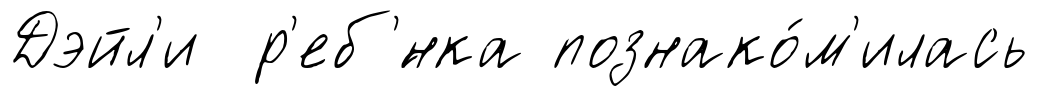
Дэйл'и р'еб'́нка познако́м'илась